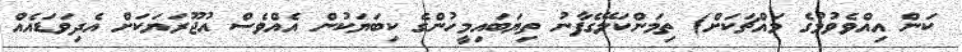
ކަން އިއްވެވުމުގެ މައްޗަކަށް) ތިމަންކަލޭގެފާނު ތިޔަބައިމީހުންގެ ކިބަޔަކުން އެއްވެސް އުޖޫރަޔަކަށް އެދިވަޑައެއް